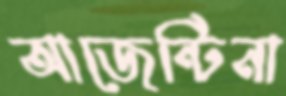
আজেন্টিনা